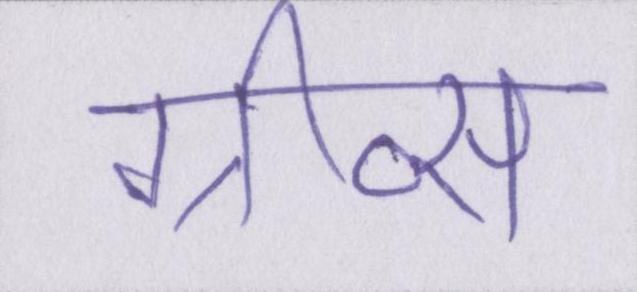
ग्रीव्स